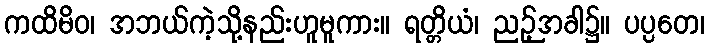
ကထိမိဝ၊ အဘယ်ကဲ့သို့နည်းဟူမူကား။ ရတ္တိယံ၊ ညဉ့်အခါ၌။ ပပ္ပတေ၊